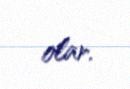
olar.